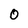
Character: 0